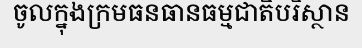
ចូលក្នុងក្រមធនធានធម្មជាតិបរិស្ថាន